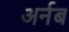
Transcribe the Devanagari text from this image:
अर्नब